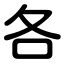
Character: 各